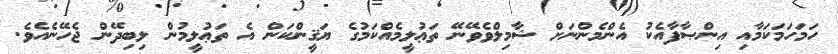
ހަމަހަމަކަމާއި އިންޞާފާއެކު އެންމެންނަށް ޝާމިލްވެވޭނޭ ތަޢުލީމެއްކަމުގެ ޔަޤީންކަން އެ ތަޢުލީމުން ލިބިދޭން ޖެހޭނެއެވެ.